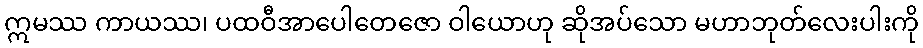
ဣမဿ ကာယဿ၊ ပထဝီအာပေါတေဇော ဝါယောဟု ဆိုအပ်သော မဟာဘုတ်လေးပါးကို